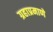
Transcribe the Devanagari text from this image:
ग्रहाप्रमाणे